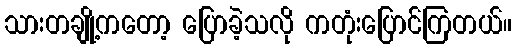
သားတချို့ကတော့ ပြောခဲ့သလို ကတုံးပြောင်ကြတယ်။